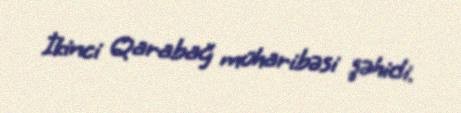
İkinci Qarabağ müharibəsi şəhidi.